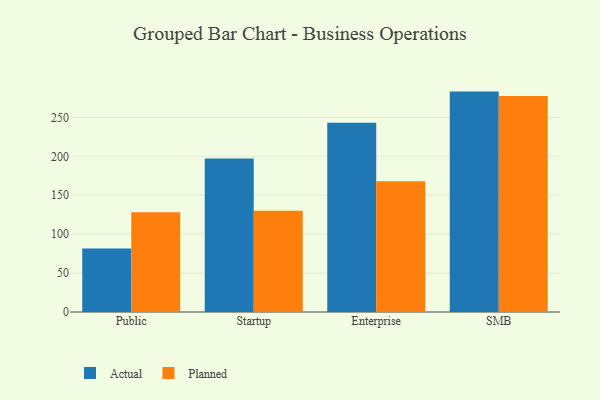
{"axis": {"x": "Segment", "y": "Waste Production (Tons)"}, "legend": ["Actual", "Planned"], "data": [{"x": "Public", "y": 81.6, "type": "Actual"}, {"x": "Public", "y": 128.1, "type": "Planned"}, {"x": "Startup", "y": 197.3, "type": "Actual"}, {"x": "Startup", "y": 130.2, "type": "Planned"}, {"x": "Enterprise", "y": 243.3, "type": "Actual"}, {"x": "Enterprise", "y": 168.1, "type": "Planned"}, {"x": "SMB", "y": 283.2, "type": "Actual"}, {"x": "SMB", "y": 277.4, "type": "Planned"}]}